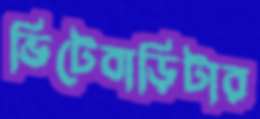
ভিটেবাড়িটার